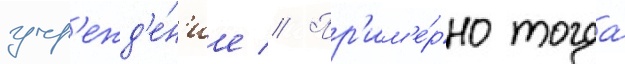
учр'ежд'е́н'ие // Пр'им'е́рно тогда́